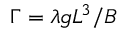
\Gamma = { \lambda g L ^ { 3 } } / { B }